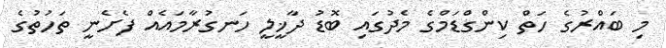
މި ބައްރުގެ ހަތް ކިންގްޑަމްގެ މެދުގައި ބޮޑު ދާޚީލީ ހަނގުރާމައެއް ފެށެނީ ތަހުތުގެ